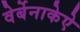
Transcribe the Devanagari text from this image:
वेर्बेनाकेऐ